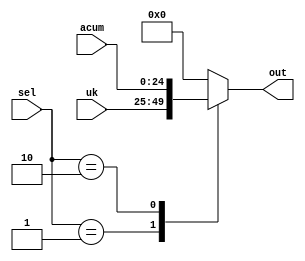
`timescale 1ns / 1ps
//////////////////////////////////////////////////////////////////////////////////
// Company: 
// Engineer: 
// 
// Design Name: 
// Module Name:    Mux_Ac 
// Project Name: 
// Target Devices: 
// Tool versions: 
// Description: 
//
// Dependencies: 
//
// Revision: 
// Revision 0.01 - File Created
// Additional Comments: 
//
//////////////////////////////////////////////////////////////////////////////////
module Mux_Ac #(parameter N = 25 /* Valor de N*/)(uk,acum,sel,out);
	input [N-1:0] uk,acum;
	input [1:0] sel;
	output reg [N-1:0] out;
	always @(uk or acum or sel)
		case (sel)
			2'd0: out=0;
			2'd1: out=uk;
			2'd2: out=acum;
			default: out=0;
		endcase

endmodule